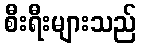
စီးရီးများသည်